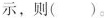
示，则()。